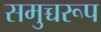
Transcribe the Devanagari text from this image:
समुच्चरूप